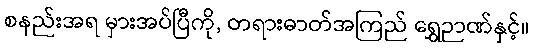
စနည်းအရ မှားအပ်ပြီကို, တရားဓာတ်အကြည် ရွှေဉာဏ်နှင့်။